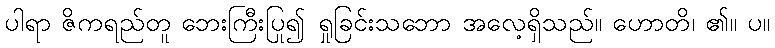
ပါရာ ဇိကရည်တူ ဘေးကြီးပြု၍ ရှုခြင်းသဘော အလေ့ရှိသည်။ ဟောတိ၊ ၏။ ပ။